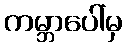
ကမ္ဘာပေါ်မှ